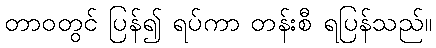
တာဝတွင် ပြန်၍ ရပ်ကာ တန်းစီ ရပြန်သည်။